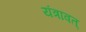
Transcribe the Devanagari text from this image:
यंत्रावत्